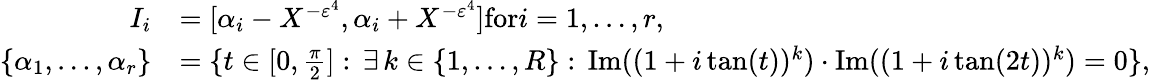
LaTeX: \begin{array}{r}{\begin{array}{rl}{I_{i}}&{=[\alpha_{i}-X^{-\varepsilon^{4}},\alpha_{i}+X^{-\varepsilon^{4}}]\textnormal{for}i=1,\ldots,r,}\\ {\{ \alpha_{1},\ldots,\alpha_{r}\} }&{=\{ t\in[0,\frac{\pi}{2}]:\, \exists\, k\in\{ 1,\ldots,R\} :\, \textup{Im}((1+i\tan(t))^{k})\cdot\textup{Im}((1+i\tan(2t))^{k})=0\} ,}\end{array}}\end{array}